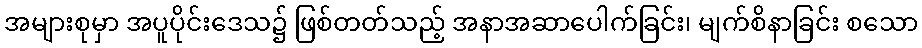
အများစုမှာ အပူပိုင်းဒေသ၌ ဖြစ်တတ်သည့် အနာအဆာပေါက်ခြင်း၊ မျက်စိနာခြင်း စသော